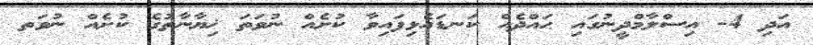
އަދި 4- އިސްލާމްދީނުގައި ޙައްދެއް ކަނޑައެޅިފައިވާ ކުށެއް ނުވަތަ ޚިޔާނާތުގެ ކުށެއް ނުވަތ